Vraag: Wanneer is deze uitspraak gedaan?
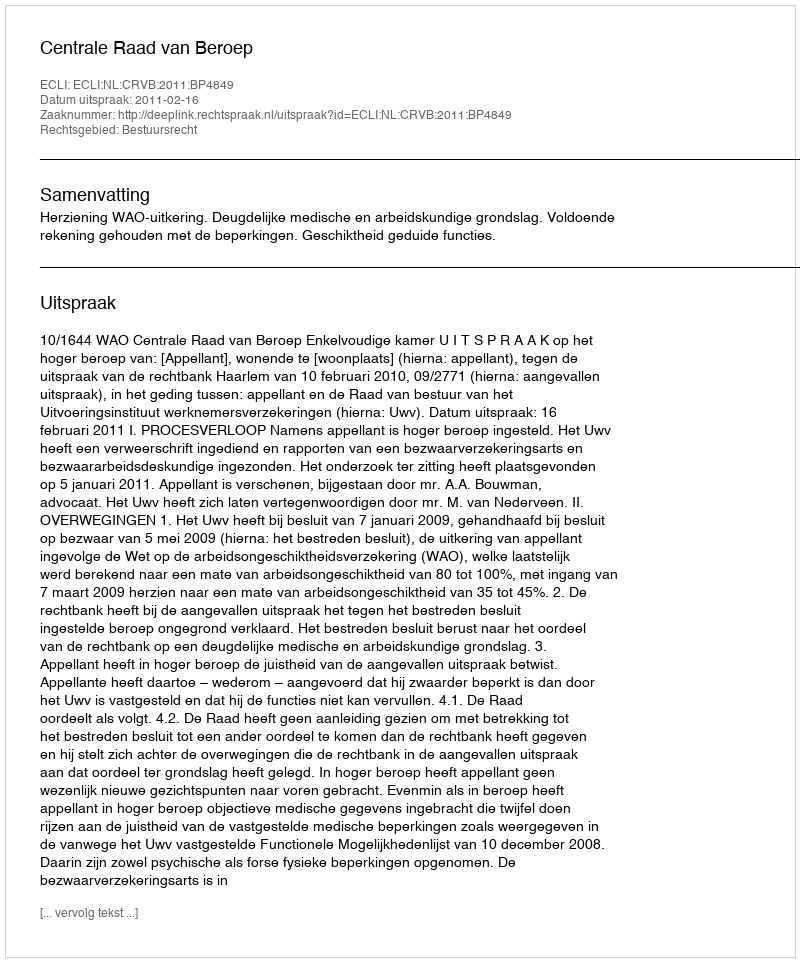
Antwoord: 2011-02-16